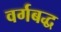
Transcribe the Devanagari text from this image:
वर्गबद्ध